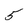
Character: 5